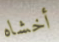
أخشاه